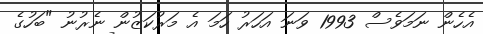
އެހެން ނަމަވެސް 1993 ވަނަ އަހަރު ހަމަ އެ މަރުކަޒުން ނެރުނު "ބަހުގެ